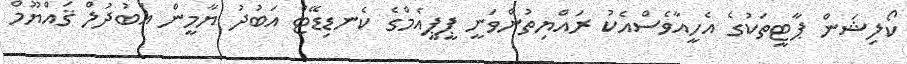
ކޯލިޝަން ޕާޓީތަކުގެ އެހީއާވެސްއެކު ރައްޔިތުންވަނީ ޕީޕީއެމްގެ ކެނޑިޑޭޓް އަބުދު ޔާމީން އަބުދުލް ޤައްޔޫމް